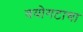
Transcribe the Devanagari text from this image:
वयोगटाचा